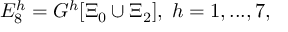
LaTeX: { \cal E } _ { 8 } ^ { h } = G ^ { h } [ \Xi _ { 0 } \cup \Xi _ { 2 } ] , \; h = 1 , . . . , 7 ,